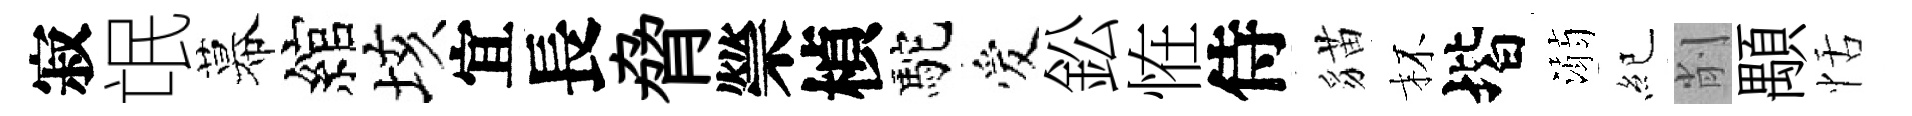
寂氓幕綰垓宜長脅禜楨駝爱鈆恠侍貓杯堦溺紀削顒恬